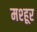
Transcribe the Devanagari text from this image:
मश्‍हूर